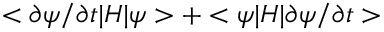
< \partial \psi / \partial t | H | \psi > + < \psi | H | \partial \psi / \partial t >